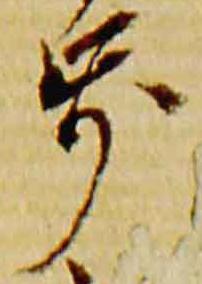
歩